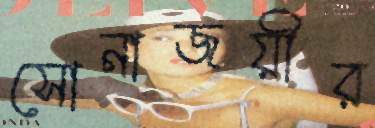
সোনাজয়ীর